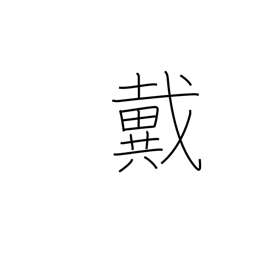
Meaning: be crowned with